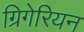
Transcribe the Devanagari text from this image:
ग्रिगेरियन